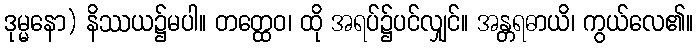
ဒုမ္မနော) နိဿယ၌မပါ။ တတ္ထေဝ၊ ထို အရပ်၌ပင်လျှင်။ အန္တရဓာယိ၊ ကွယ်လေ၏။